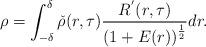
LaTeX: \begin{align*}\rho=\int_{-\delta}^\delta\check{\rho}(r,\tau)\frac{R^{'}(r,\tau)}{\left(1+E(r)\right)^{\frac{1}{2}}}dr.\end{align*}